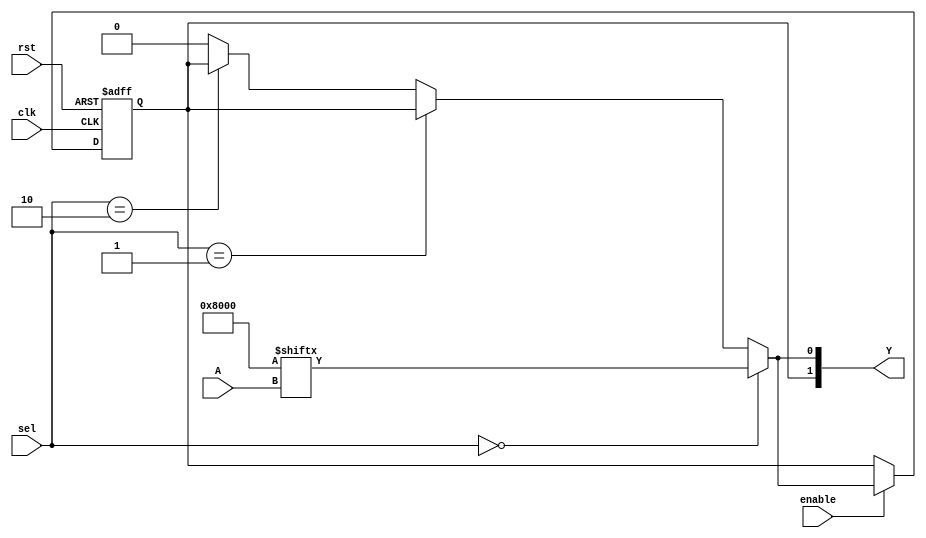
module CLB (
    input wire [3:0] A,           // 4 input lines
    input wire [1:0] sel,         // Selector for MUX
    input wire clk,               // Clock signal for optional register
    input wire rst,               // Reset signal
    input wire enable,            // Enable signal for control logic
    output reg [1:0] Y            // 2 output lines
);

// LUT: A 4-input Look-Up Table
reg [15:0] LUT; // 2^4 = 16 possible outputs for 4 inputs

// MUX configuration
wire mux_out;

// Optional register for storage
reg reg_out;

// Feedback path (optional)
wire feedback;

// Control Logic
always @(posedge clk or negedge rst) begin
    if (!rst) begin
        reg_out <= 1'b0; // Reset the register
    end else if (enable) begin
        reg_out <= mux_out; // Store MUX output in register
    end
end

// LUT Initialization (example: an AND function)
initial begin
    // Example LUT configuration: AND function of the inputs
    LUT = 16'b0000000000000000; // Default: all outputs 0
    LUT[15] = 1; // A = 1111 => Output = 1
end

// MUX logic
assign mux_out = (sel == 2'b00) ? LUT[A] : // Direct LUT output
                 (sel == 2'b01) ? reg_out : // Output from register
                 (sel == 2'b10) ? feedback : // Feedback path
                 1'b0; // Default case

// Feedback path (optional)
assign feedback = reg_out; // Simple feedback from register to LUT

// Output logic
always @(*) begin
    Y = {reg_out, mux_out}; // Combine register output and MUX output
end

endmodule